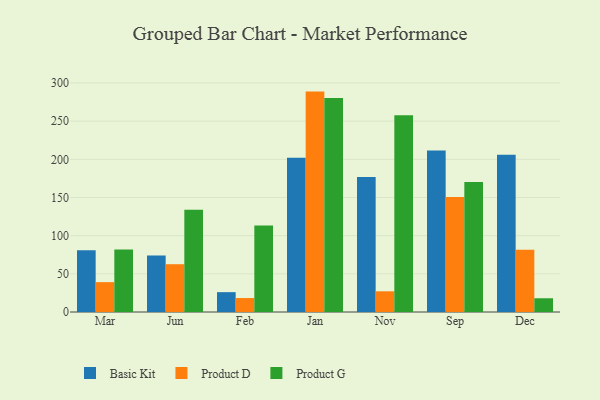
{"axis": {"x": "Month", "y": "Headcount"}, "legend": ["Basic Kit", "Product D", "Product G"], "data": [{"x": "Mar", "y": 81.0, "type": "Basic Kit"}, {"x": "Mar", "y": 39.1, "type": "Product D"}, {"x": "Mar", "y": 81.9, "type": "Product G"}, {"x": "Jun", "y": 74.0, "type": "Basic Kit"}, {"x": "Jun", "y": 62.6, "type": "Product D"}, {"x": "Jun", "y": 133.9, "type": "Product G"}, {"x": "Feb", "y": 26.0, "type": "Basic Kit"}, {"x": "Feb", "y": 18.3, "type": "Product D"}, {"x": "Feb", "y": 113.3, "type": "Product G"}, {"x": "Jan", "y": 201.9, "type": "Basic Kit"}, {"x": "Jan", "y": 288.7, "type": "Product D"}, {"x": "Jan", "y": 280.3, "type": "Product G"}, {"x": "Nov", "y": 176.7, "type": "Basic Kit"}, {"x": "Nov", "y": 27.1, "type": "Product D"}, {"x": "Nov", "y": 257.7, "type": "Product G"}, {"x": "Sep", "y": 211.6, "type": "Basic Kit"}, {"x": "Sep", "y": 150.8, "type": "Product D"}, {"x": "Sep", "y": 170.4, "type": "Product G"}, {"x": "Dec", "y": 206.0, "type": "Basic Kit"}, {"x": "Dec", "y": 81.4, "type": "Product D"}, {"x": "Dec", "y": 18.0, "type": "Product G"}]}